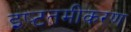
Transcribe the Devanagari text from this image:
इष्‍टतमीकरण